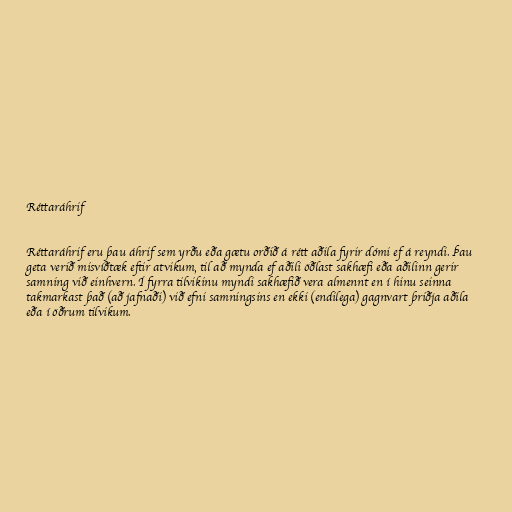
Réttaráhrif

Réttaráhrif eru þau áhrif sem yrðu eða gætu orðið á rétt aðila fyrir dómi ef á reyndi. Þau
geta verið misvíðtæk eftir atvikum, til að mynda ef aðili öðlast sakhæfi eða aðilinn gerir
samning við einhvern. Í fyrra tilvikinu myndi sakhæfið vera almennt en í hinu seinna
takmarkast það (að jafnaði) við efni samningsins en ekki (endilega) gagnvart þriðja aðila
eða í öðrum tilvikum.